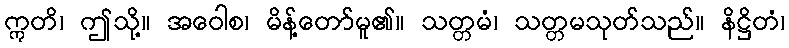
ဣတိ၊ ဤသို့။ အဝေါစ၊ မိန့်တော်မူ၏။ သတ္တမံ၊ သတ္တမသုတ်သည်။ နိဋ္ဌိတံ၊